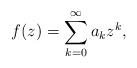
LaTeX: \begin{align*}f(z)=\sum_{k=0}^{\infty }a_{k}z^{k}, \end{align*}